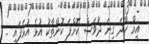
އީމް ހާދަ ގިނަ ދުވަސް ކޮށްފަ ކޮންތާކު އުޅެ އުޅެފައި ..